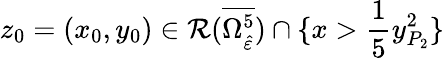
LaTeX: z_{0}=(x_{0},y_{0})\in\mathcal{R}(\overline{{\Omega_{\hat{\varepsilon}}^{5}}})\cap\{ x>\frac{1}{5}y_{P_{2}}^{2}\}